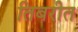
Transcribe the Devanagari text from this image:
तिबरीत